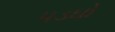
પડઘો